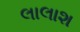
લાલાશ